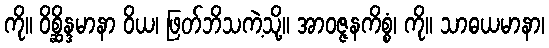
ကို။ ဝိစ္ဆိန္ဒမာနာ ဝိယ၊ ဖြတ်ဘိသကဲ့သို့။ အာဝဇ္ဇနကိစ္စံ၊ ကို။ သာဓယမာနာ၊